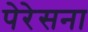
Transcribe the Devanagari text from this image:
पेरेसना